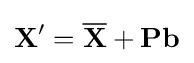
\mathbf {X} '={\overline {\mathbf {X} }}+\mathbf {P} \mathbf {b}